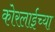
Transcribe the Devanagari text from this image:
कोरलाईच्या